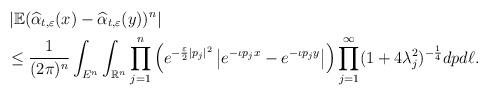
LaTeX: \begin{align*}&\left|\mathbb{E}(\widehat{\alpha}_{t,\varepsilon}(x)-\widehat{\alpha}_{t,\varepsilon}(y))^n\right|\\&\leq\frac1{(2\pi)^{n}}\int_{E^{n}}\int_{\mathbb{R}^{n}}\prod_{j=1}^n\left(e^{-\frac{\varepsilon}{2}|p_j|^2}\left|e^{-\iota p_j x}-e^{-\iota p_jy}\right|\right)\prod_{j=1}^\infty(1+4\lambda_{j}^2)^{-\frac14}dpd\ell.\end{align*}